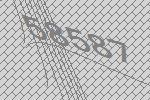
58587